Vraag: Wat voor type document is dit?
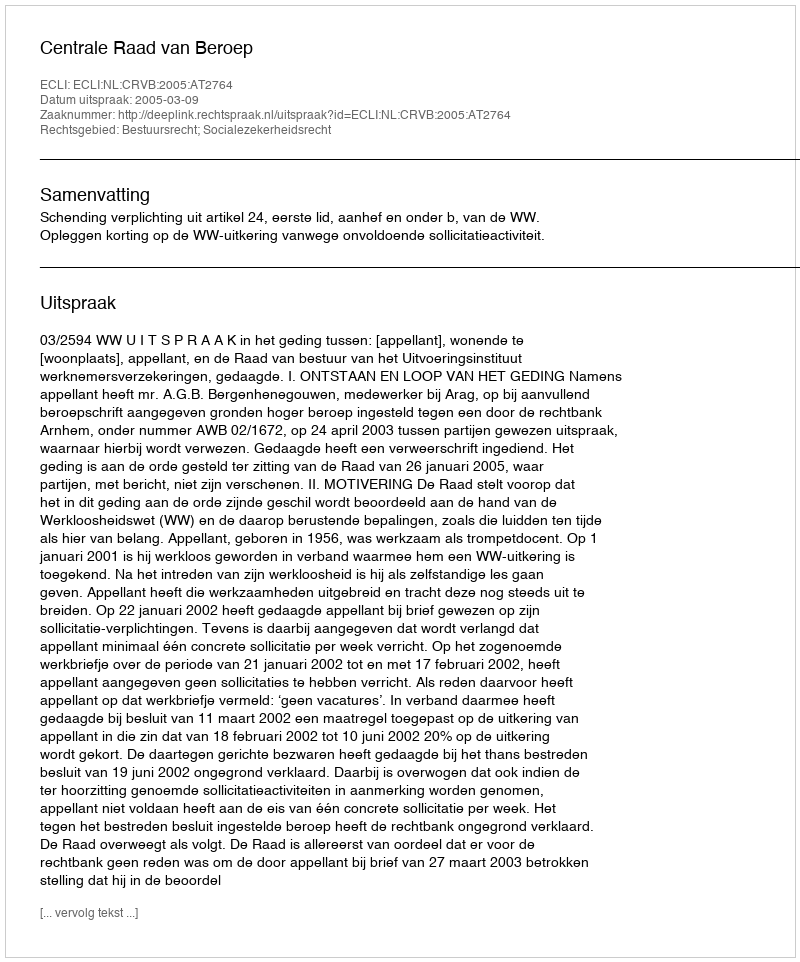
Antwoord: Uitspraak